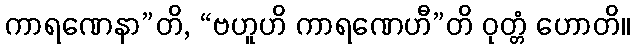
ကာရဏေနာ”တိ, “ဗဟူဟိ ကာရဏေဟီ”တိ ဝုတ္တံ ဟောတိ။